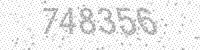
Solution: 748356